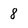
Character: 8